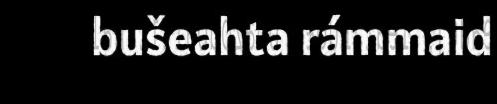
bušeahta rámmaid